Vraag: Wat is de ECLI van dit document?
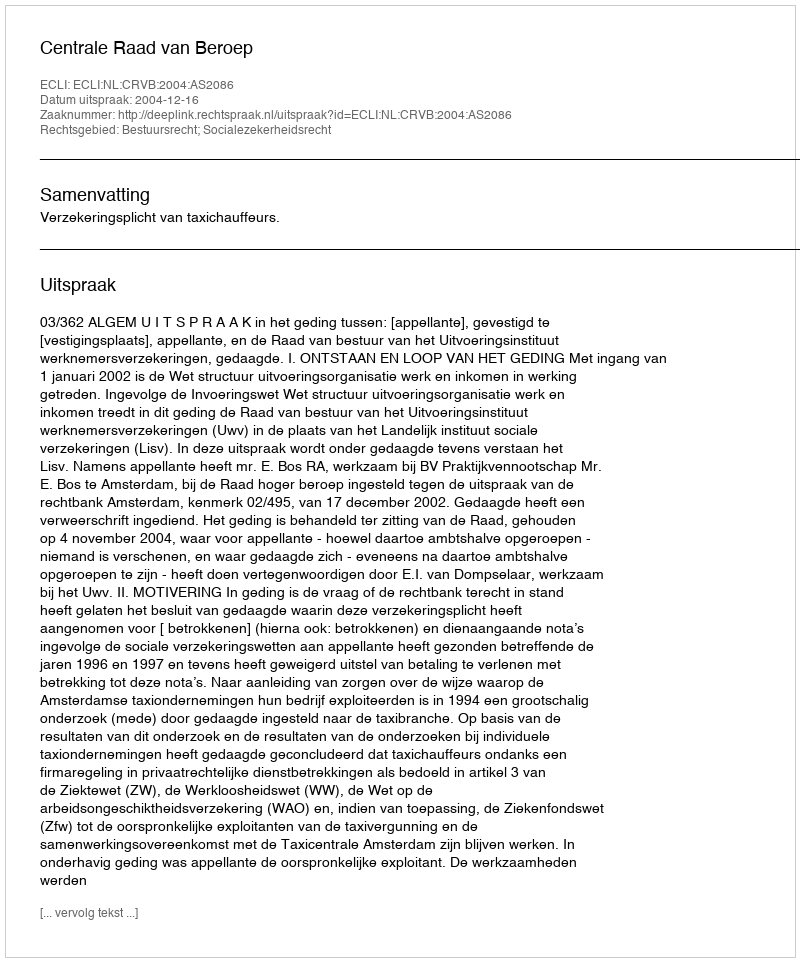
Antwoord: ECLI:NL:CRVB:2004:AS2086